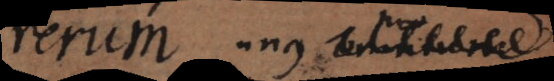
rerum in